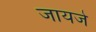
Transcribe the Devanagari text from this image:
जायजे